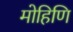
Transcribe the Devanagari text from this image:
मोहिणि